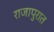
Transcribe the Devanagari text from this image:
राजापुरात